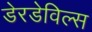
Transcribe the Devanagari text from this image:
डेरडेविल्स